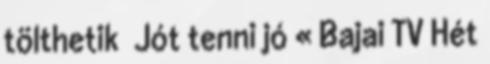
tölthetik Jót tenni jó « Bajai TV Hét